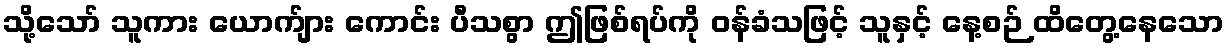
သို့သော် သူကား ယောက်ျား ကောင်း ပီသစွာ ဤဖြစ်ရပ်ကို ဝန်ခံသဖြင့် သူနှင့် နေ့စဉ် ထိတွေ့နေသော